Scottish Leaving Certificate Examination, 1954
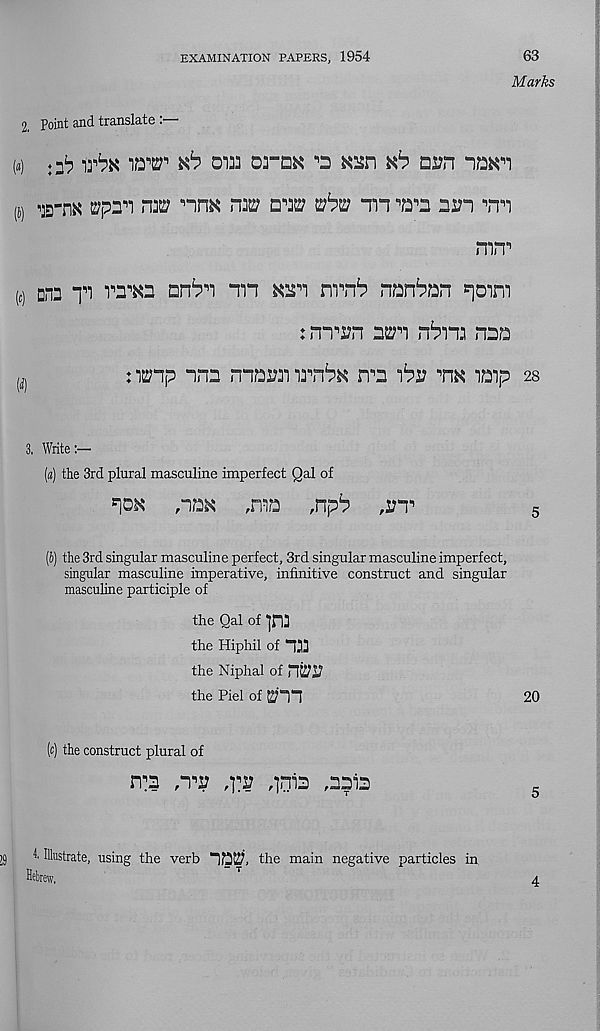
EXAMINATION PAPERS, 1954
63
Marks
2 Point and translate .
M
:2b irbN
0133 03-QN
Kan Kb> DOT naJl
(i) 22"nK ©pon r\M nnn n327
th •’D^n dot
nirr’
( C ) ann I 1 ! vd^kd anbn in kot nOTb> nonban ^orn
: iTT’OT dot nbn: noa
M
: ionp nnD mawi i3* , nbK n^D ibD tik iaip 28
3. Write:—
(a) the 3rd plural masculine imperfect Qal of
Pok
,iaK
,ma
,npb
5
(b) the 3rd singular masculine perfect, 3rd singular masculine imperfect,
singular masculine imperative, infinitive construct and singular
masculine participle of
the Qal of 1123
the Hiphil of 133
the Niphal of HOT
the Piel of OTl
20
(c) the construct plural of
n'D ,td
,]niD ,DpiD
j9
Illustrate, using the verb “ia!2, the main negative particles in
Hebrew,
4